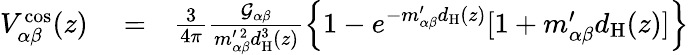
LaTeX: \begin{array}{rlr}{V_{\alpha\beta}^{\mathrm{cos}}(z)}&{{}=}&{\frac{3}{4\pi}\frac{\mathcal{G}_{\alpha\beta}}{m_{\alpha\beta}^{\prime~2}d_{\mathrm{H}}^{3}(z)}\left\{ 1-e^{-m_{\alpha\beta}^{\prime}d_{\mathrm{H}}(z)}[1+m_{\alpha\beta}^{\prime}d_{\mathrm{H}}(z)]\right\} }\end{array}